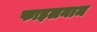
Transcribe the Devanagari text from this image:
फाइलनाम